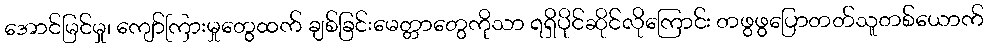
အောင်မြင်မှု၊ ကျော်ကြားမှုတွေထက် ချစ်ခြင်းမေတ္တာတွေကိုသာ ရရှိပိုင်ဆိုင်လိုကြောင်း တဖွဖွပြောတတ်သူတစ်ယောက်